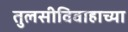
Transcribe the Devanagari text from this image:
तुलसीविवाहाच्या